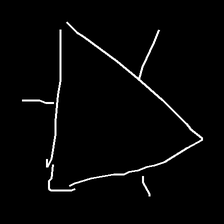
Glyph: fire